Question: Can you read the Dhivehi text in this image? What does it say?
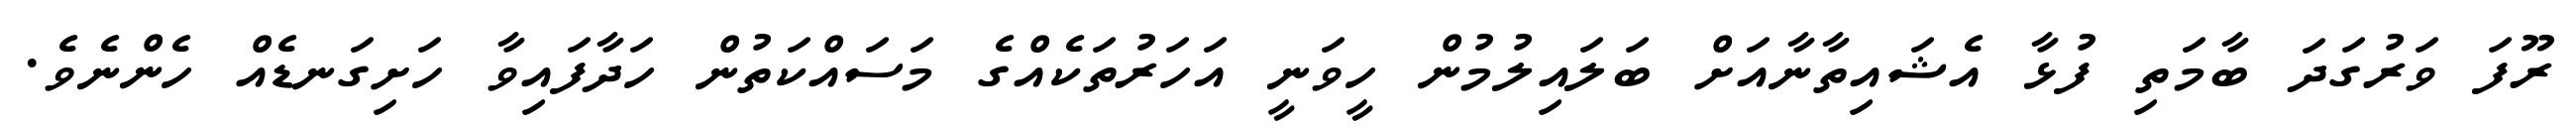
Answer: ރޫފަ ވަރުގަދަ ބާމަތި ފުޅާ އެޝައިތާނާއަށް ބަލައިލުމުން ހީވަނީ އަހަރުތަކެއްގެ މަސައްކަތުން ހަދާފައިވާ ހަށިގަނޑެއް ހެންނެވެ.